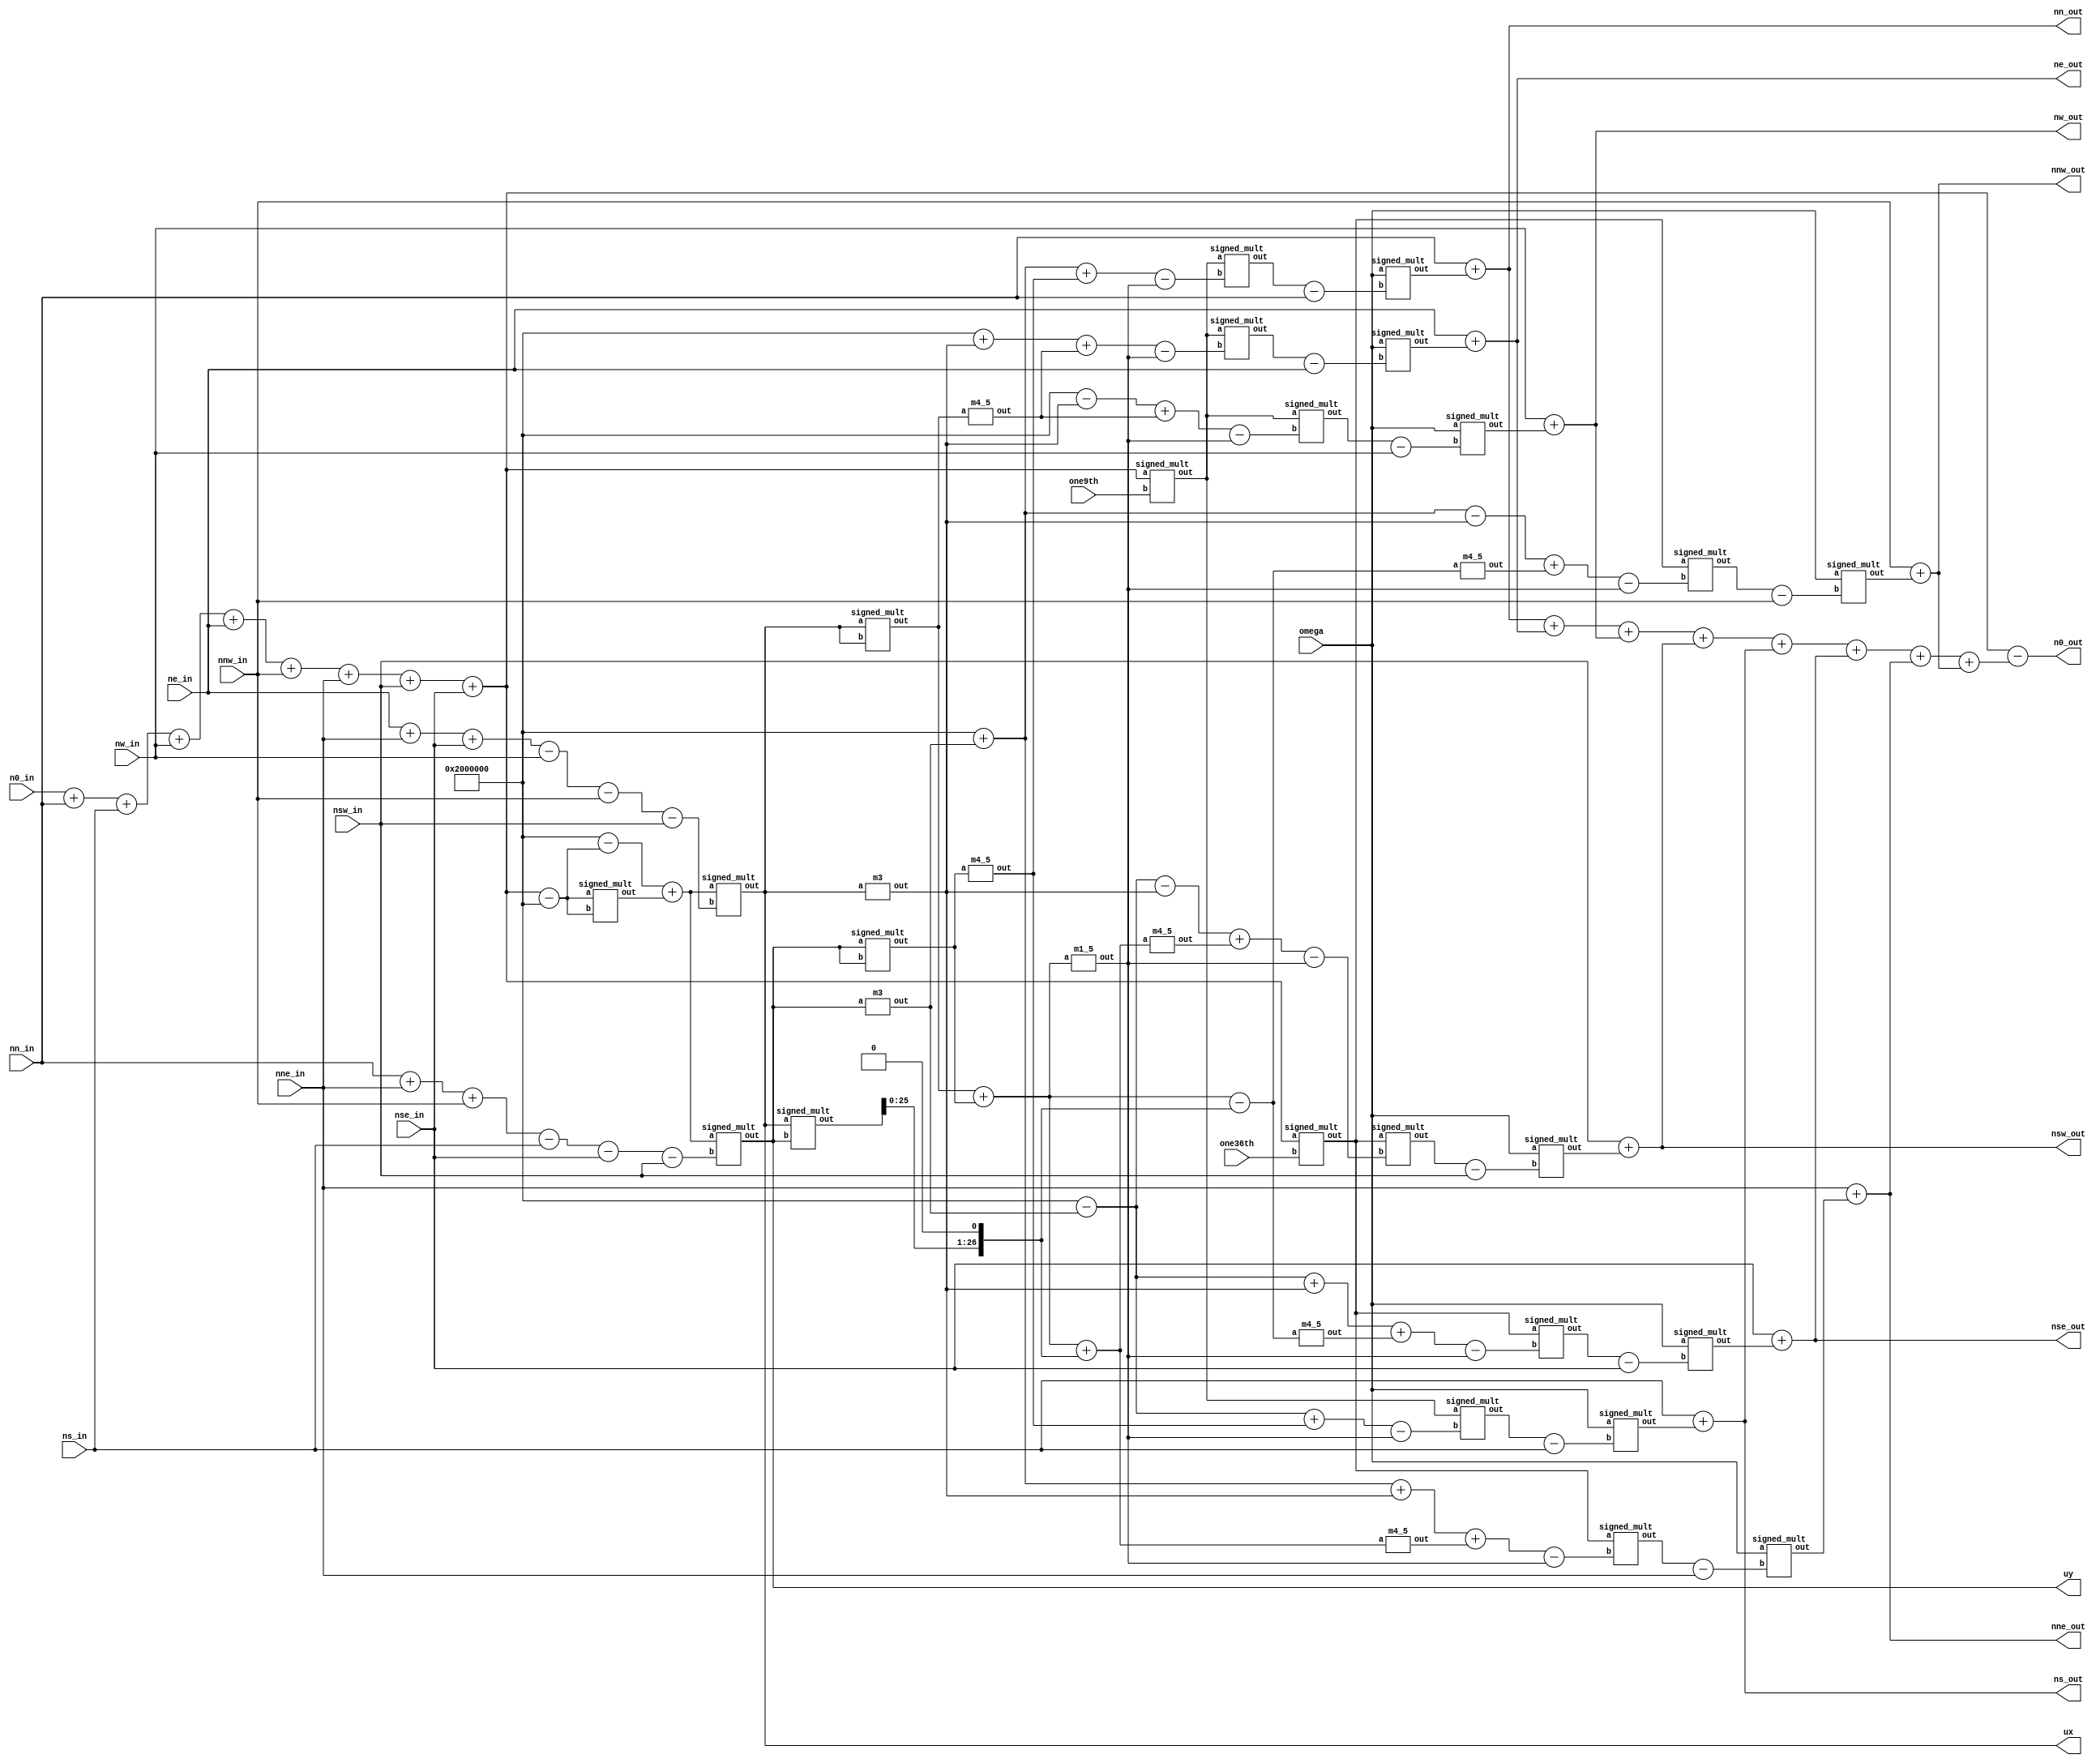




module collide(
input  wire signed [26:0] n0_in,
input  wire signed [26:0] ns_in,
input  wire signed [26:0] nn_in,
input  wire signed [26:0] nw_in,
input  wire signed [26:0] ne_in,
input  wire signed [26:0] nnw_in,
input  wire signed [26:0] nne_in,
input  wire signed [26:0] nsw_in,
input  wire signed [26:0] nse_in,
input  wire signed [26:0] omega,
input  wire signed [26:0] one9th,
input  wire signed [26:0] one36th,
output wire signed [26:0] n0_out,
output wire signed [26:0] ns_out,
output wire signed [26:0] nn_out,
output wire signed [26:0] nw_out,
output wire signed [26:0] ne_out,
output wire signed [26:0] nnw_out,
output wire signed [26:0] nne_out,
output wire signed [26:0] nsw_out,
output wire signed [26:0] nse_out,
output wire signed [26:0] ux,
output wire signed [26:0] uy 
);




wire signed [26:0] onefix;

wire signed [26:0] this_rho;
wire signed [26:0] rho_inv;

wire signed [26:0] thisux;
wire signed [26:0] thisuy; 

wire signed [26:0] one9thrho;
wire signed [26:0] one36thrho;

wire signed [26:0] ux3;
wire signed [26:0] uy3;
wire signed [26:0] ux2;
wire signed [26:0] uy2;
wire signed [26:0] uxuy2;
wire signed [26:0] u2;
wire signed [26:0] u215;

assign onefix= 27'sd1<<<25;

assign ux = thisux;
assign uy = thisuy;


assign this_rho = n0_in + nn_in +ns_in + nw_in + ne_in + nnw_in + nne_in +nsw_in + nse_in ;

wire signed [26:0] temp1;
signed_mult s1(temp1,(this_rho - onefix),(this_rho - onefix));

assign rho_inv = onefix - (this_rho - onefix) + temp1;

wire signed [26:0] temp2;
signed_mult s2(temp2,(rho_inv),(ne_in + nne_in + nse_in - nw_in -nnw_in -nsw_in));

assign thisux=temp2;


wire signed [26:0] temp3;
signed_mult s3(temp3,(rho_inv),(nn_in + nne_in + nnw_in - ns_in -nse_in -nsw_in));

assign thisuy = temp3;


signed_mult s4(one9thrho, this_rho, one9th);
signed_mult s5(one36thrho, this_rho, one36th);


m3 k0(thisux,ux3);
m3 k1(thisuy,uy3);
signed_mult s6 (ux2,thisux,thisux);
signed_mult s7 (uy2,thisuy,thisuy);
wire signed [26:0] temp4;
signed_mult s8 (temp4,thisux,thisuy);
assign uxuy2 = temp4<<<1;

assign u2 =ux2 + uy2;
m1_5 p0(u2,u215);



wire signed [26:0] m45ux2;
wire signed [26:0] m45uy2;

m4_5 r0(ux2,m45ux2);
m4_5 r1(uy2,m45uy2);



wire signed [26:0] netemp1;
wire signed [26:0] netemp2;

signed_mult pp1(netemp1,one9thrho, (onefix + ux3    + m45ux2   - u215));
signed_mult pp2(netemp2,omega,(netemp1 - ne_in));


assign ne_out = ne_in + netemp2;


wire signed [26:0] nwtemp1;
wire signed [26:0] nwtemp2;

signed_mult pw1(nwtemp1,one9thrho, (onefix - ux3    + m45ux2   - u215));
signed_mult pw2(nwtemp2,omega,(nwtemp1 - nw_in));


assign nw_out = nw_in + nwtemp2;
 
 
wire signed [26:0] nntemp1;
wire signed [26:0] nntemp2;

signed_mult pn1(nntemp1,one9thrho, (onefix + uy3    + m45uy2   - u215));
signed_mult pn2(nntemp2,omega,(nntemp1 - nn_in));


assign nn_out = nn_in + nntemp2;

wire signed [26:0] nstemp1;
wire signed [26:0] nstemp2;

signed_mult ps1(nstemp1,one9thrho, (onefix - uy3    + m45uy2   - u215));
signed_mult ps2(nstemp2,omega,(nstemp1 - ns_in));


assign ns_out = ns_in + nstemp2;

wire signed [26:0] nnetemp1;
wire signed [26:0] nnetemp2;
wire signed [26:0] nnetemp3;

m4_5 g1((u2+uxuy2),nnetemp3);

signed_mult psr1(nnetemp1,one36thrho, (onefix + uy3 +ux3    + nnetemp3   - u215));
signed_mult psr2(nnetemp2,omega,(nnetemp1 - nne_in));


assign nne_out = nne_in + nnetemp2;

wire signed [26:0] nsetemp1;
wire signed [26:0] nsetemp2;
wire signed [26:0] nsetemp3;

m4_5 g11((u2 - uxuy2),nsetemp3);

signed_mult psrr1(nsetemp1,one36thrho, (onefix - uy3 +ux3    + nsetemp3   - u215));
signed_mult psrr2(nsetemp2,omega,(nsetemp1 - nse_in));


assign nse_out = nse_in + nsetemp2;

wire signed [26:0] nnwtemp1;
wire signed [26:0] nnwtemp2;
wire signed [26:0] nnwtemp3;

m4_5 g12((u2 - uxuy2),nnwtemp3);

signed_mult psw1(nnwtemp1,one36thrho, (onefix + uy3 - ux3    + nnwtemp3   - u215));
signed_mult psw2(nnwtemp2,omega,(nnwtemp1 - nnw_in));


assign nnw_out = nnw_in + nnwtemp2;

wire signed [26:0] nswtemp1;
wire signed [26:0] nswtemp2;
wire signed [26:0] nswtemp3;

m4_5 g13((u2 + uxuy2),nswtemp3);

signed_mult psj1(nswtemp1,one36thrho, (onefix - uy3 - ux3    + nswtemp3   - u215));
signed_mult psj2(nswtemp2,omega,(nswtemp1 - nsw_in));


assign nsw_out = nsw_in + nswtemp2;


assign n0_out = this_rho - (nn_out +ne_out +nw_out +nsw_out + ns_out + nse_out +nne_out +nnw_out);




endmodule



//////////////////////////////////////////////////
//// signed mult of 2.25 format 2'comp////////////
//////////////////////////////////////////////////

module signed_mult (out, a, b);
	output 	signed  [26:0]	out;
	input 	signed	[26:0] 	a;
	input 	signed	[26:0] 	b;
	// intermediate full bit length
	wire 	signed	[53:0]	mult_out;
	assign mult_out = a * b;
	// select bits
	assign out = {mult_out[53], mult_out[51:25]};
endmodule
//////////////////////////////////////////////////




module m3 (input wire signed [26:0] a,
output wire signed [26:0] out);


assign out = a + (a<<<1);



endmodule

module m4_5 (input wire signed  [26:0] a,
output wire signed [26:0] out);


assign out = (a<<<2) + (a>>>1);



endmodule


module m1_5 (input wire signed  [26:0] a,
output wire signed [26:0] out);


assign out = (a) + (a>>>1);



endmodule





module tb_lb();

 wire signed [26:0] n0_out;
 wire signed [26:0] ns_out;
 wire signed [26:0] nn_out;
 wire signed [26:0] nw_out;
 wire signed [26:0] ne_out;
 wire signed [26:0] nnw_out;
 wire signed [26:0] nne_out;
 wire signed [26:0] nsw_out;
 wire signed [26:0] nse_out;
 wire signed [26:0] ux;
 wire signed [26:0] uy; 
  


collide c0(.n0_in(27'd14913084),
.ns_in(27'd3728270),
.nn_in(27'd3728270),
.nw_in(27'd3728270),
.ne_in(27'd3716727),
.nnw_in(27'd932067),
.nne_in(27'd943193),
.nsw_in(27'd932067),
.nse_in(27'd929210),
.omega(27'd65922266),
.one9th(27'd3728270),
.one36th(27'd932067),
.n0_out(n0_out),
.ns_out(ns_out),
.nn_out(nn_out),
.nw_out(nw_out),
.ne_out(ne_out),
.nnw_out(nnw_out),
.nne_out(nne_out),
.nsw_out(nsw_out),
.nse_out(nse_out),
.ux(ux),
.uy(uy) );



endmodule